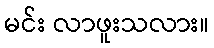
မင်း လာဖူးသလား။